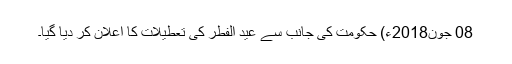
08 جون2018ء) حکومت کی جانب سے عید الفطر کی تعطیلات کا اعلان کر دیا گیا۔